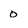
Character: o